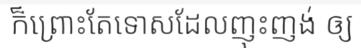
ក៏ព្រោះតែទោសដែលញុះញង់ ឲ្យ